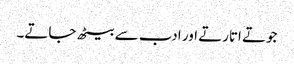
جوتے اتارتے اور ادب سے بیٹھ جاتے۔